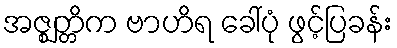
အဇ္ဈတ္တိက ဗာဟိရ ခေါ်ပုံ ဖွင့်ပြခန်း